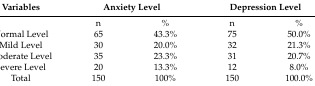
| Variables | <COLSPAN=2> Anxiety Level | <COLSPAN=2> Depression Level |
 | --- | --- | --- | --- | --- |
 |  | n | % | n | % |
 | Normal Level | 65 | 43.3% | 75 | 50.0% |
 | Mild Level | 30 | 20.0% | 32 | 21.3% |
 | Moderate Level | 35 | 23.3% | 31 | 20.7% |
 | Severe Level | 20 | 13.3% | 12 | 8.0% |
 | Total | 150 | 100% | 150 | 100.0% |